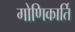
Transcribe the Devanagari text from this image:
गोणिकार्ति